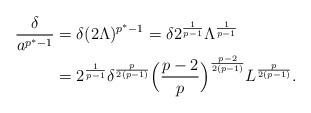
LaTeX: \begin{align*} \frac{\delta}{{a}^{p^* - 1}} &= \delta (2\Lambda)^{p^* -1} = \delta 2^{\frac{1}{p-1}}\Lambda^{\frac{1}{p-1}}\\ &= 2^{\frac{1}{p-1}}\delta^{\frac{p}{2(p-1)}}\Big(\frac{p-2}{p}\Big)^{\frac{p-2}{2(p-1)}}L^{\frac{p}{2(p-1)}}.\end{align*}